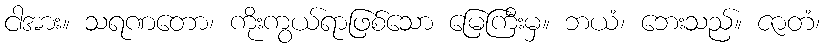
ငါအား။ သရဏတော၊ ကိုးကွယ်ရာဖြစ်သော မြေကြီးမှ။ ဘယံ၊ ဘေးသည်။ ဇာတံ၊